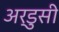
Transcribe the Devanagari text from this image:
अर्डुसी